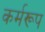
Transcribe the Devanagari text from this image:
कर्मरूप